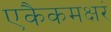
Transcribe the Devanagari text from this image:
एकैकमक्षरं